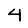
Digit: 4